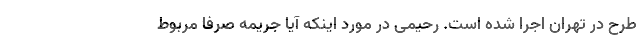
طرح در تهران اجرا شده است. رحیمی در مورد اینکه آیا جریمه صرفا مربوط